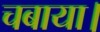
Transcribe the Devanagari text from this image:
चबाया।